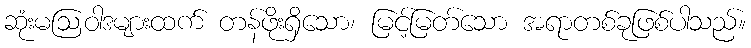
ဆုံးမဩဝါဒများထက် တန်ဖိုးရှိသော၊ မြင့်မြတ်သော အရာတစ်ခုဖြစ်ပါသည်။